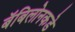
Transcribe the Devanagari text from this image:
बॅबिलोनकडे